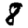
Digit: 8